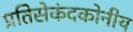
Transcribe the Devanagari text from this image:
प्रतिसेकंदकोनीय